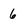
Character: 6